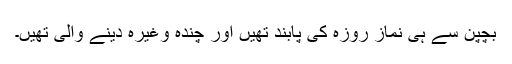
بچپن سے ہی نماز روزہ کی پابند تھیں اور چندہ وغیرہ دینے والی تھیں۔